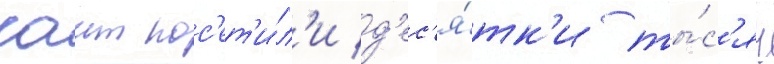
саит пос'ет'и́л'и д'ес'я́тк'и ты́с'яч